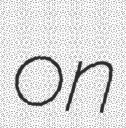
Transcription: on